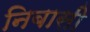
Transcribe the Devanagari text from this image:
निबासी